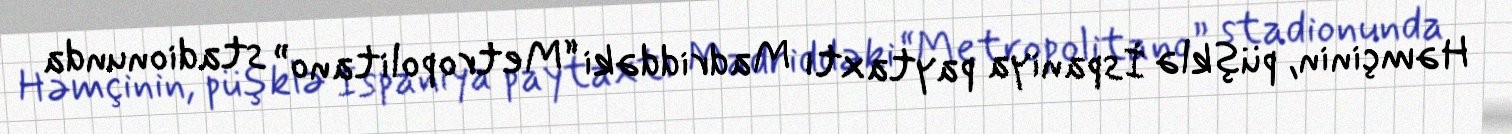
Həmçinin, püşklə İspaniya paytaxtı Madriddəki “Metropolitano” stadionunda